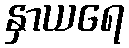
နှာယရေ